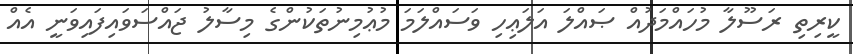
ކީރިތި ރަސޫލާ މުހައްމަދުއް ޞައްލަ އަލަޢިހި ވަސައްލަމަ މުޢުމިނުތަކުންގެ މިސާލު ޖައްސަވައިފައިވަނީ އެއް